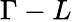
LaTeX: \Gamma-L